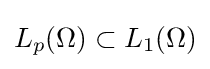
L_{p}(\Omega )\subset L_{1}(\Omega )